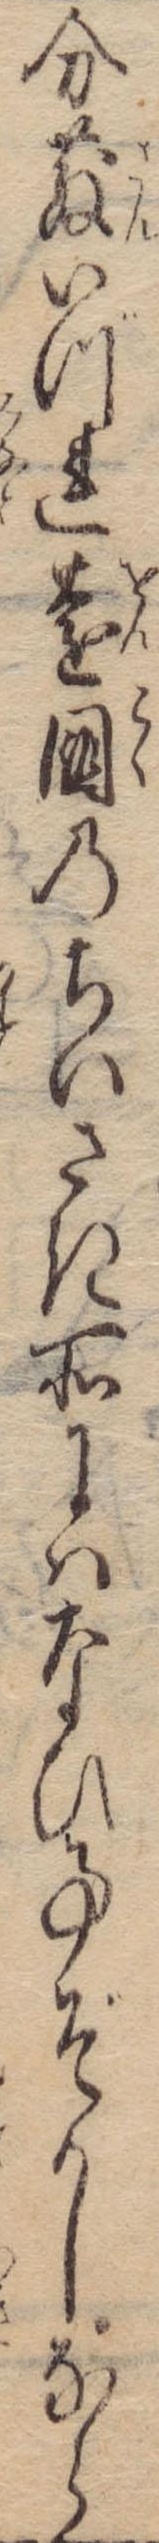
分散いづれ遠国のちいさき所にはなひ事ぞかしなら